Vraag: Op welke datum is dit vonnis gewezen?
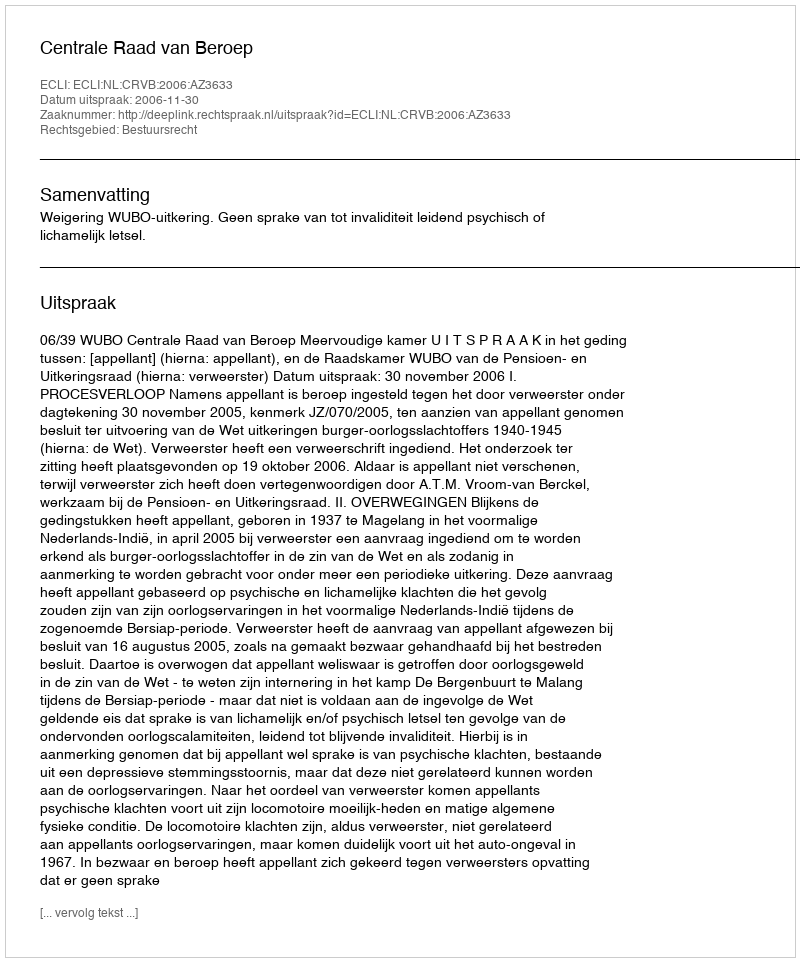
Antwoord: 2006-11-30